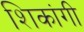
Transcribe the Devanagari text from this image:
शिकांगी